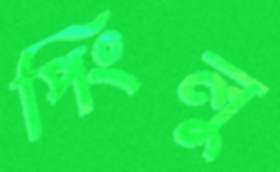
পিংলু